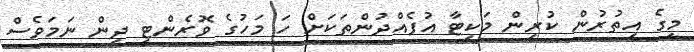
މީގެ އިތުރުން ކުރިން މަކިޓާ އުފެއްދުންތަކަށް ހަ މަހުގެ ވޮރެންޓީ ދިން ނަމަވެސް